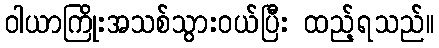
ဝါယာကြိုးအသစ်သွားဝယ်ပြီး ထည့်ရသည်။